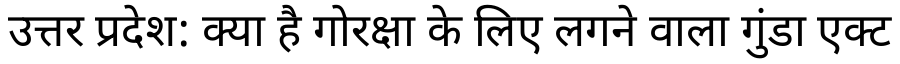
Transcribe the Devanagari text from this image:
उत्तर प्रदेश: क्या है गोरक्षा के लिए लगने वाला गुंडा एक्ट